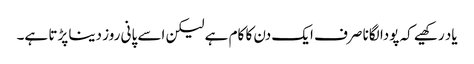
یاد رکھیے کہ پودا لگانا صرف ایک دن کا کام ہے لیکن اسے پانی روز دینا پڑتا ہے۔